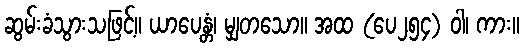
ဆွမ်းခံသွားသဖြင့်။ ယာပေန္တံ၊ မျှတသော။ အထ (ပေ၂၅၄) ဝါ၊ ကား။